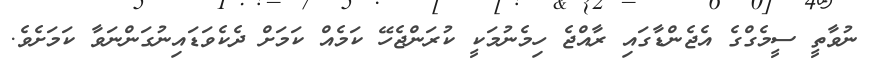
ނުވާތީ ސީމެގްގެ އެޖެންޑާގައި ރާއްޖެ ހިމެނުމަކީ ކުރަންޖެހޭ ކަމެއް ކަމަށް ދެކެވަޑައިނުގަންނަވާ ކަމަށެވެ.